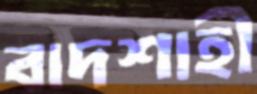
বাদশাহী